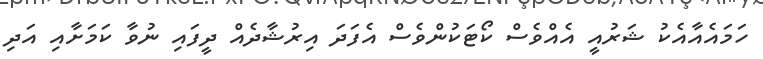
ހަމައެއާއެކު ޝަރުއީ އެއްވެސް ކޯޓަކުންވެސް އެފަދަ އިރުޝާދެއް ދީފައި ނުވާ ކަމަށާއި އަދި